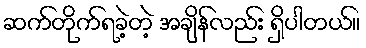
ဆက်တိုက်ရခဲ့တဲ့ အချိန်လည်း ရှိပါတယ်။